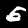
Digit: 5